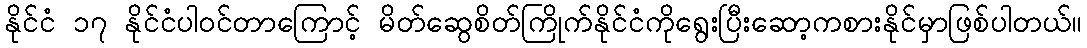
နိုင်ငံ ၁၇ နိုင်ငံပါဝင်တာကြောင့် မိတ်ဆွေစိတ်ကြိုက်နိုင်ငံကိုရွေးပြီးဆော့ကစားနိုင်မှာဖြစ်ပါတယ်။